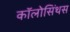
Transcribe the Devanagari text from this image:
कॉलोसिंथस